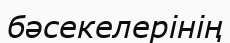
бәсекелерінің